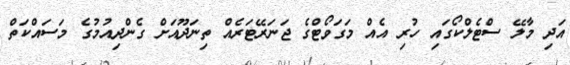
އަދި މާލޭ ސްޓެލްކޯގައި ހުރި އެއް މަގަވޯޓްގެ ޖަނަރޭޓަރެއް ތިނަދޫއަށް ގެންދިއުމުގެ މަސައްކަތް